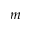
m